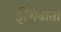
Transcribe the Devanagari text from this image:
ईशिवाता